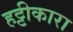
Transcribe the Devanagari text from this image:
हट्टीकारा